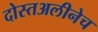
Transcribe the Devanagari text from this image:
दोस्तअलीनेच